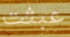
عبثت